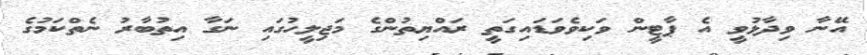
އޭނާ ވިދާޅުވީ އެ ޕާޓީން ވަކިވެވަޑައިގަތީ ރައްޔިތުންގެ މަޖިލީހުގައި ނަގާ އިތުބާރު ނެތްކަމުގެ